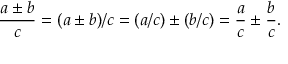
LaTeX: { \frac { a \pm b } { c } } = ( a \pm b ) / c = ( a / c ) \pm ( b / c ) = { \frac { a } { c } } \pm { \frac { b } { c } } .